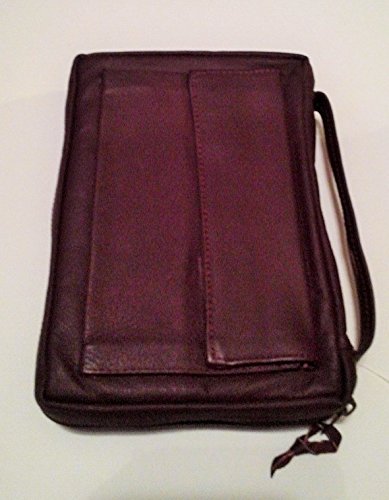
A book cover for Bible Cover: Medium Burgundy Imitation Corinthian Leather; World Bible Publishing; Christian Books & Bibles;